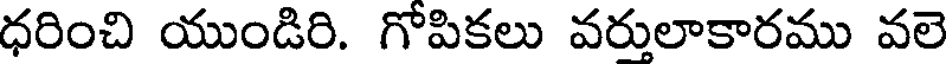
ధరించి యుండిరి. గోపికలు వరులాకారము వలె